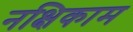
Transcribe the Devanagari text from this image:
नक्षिकाम